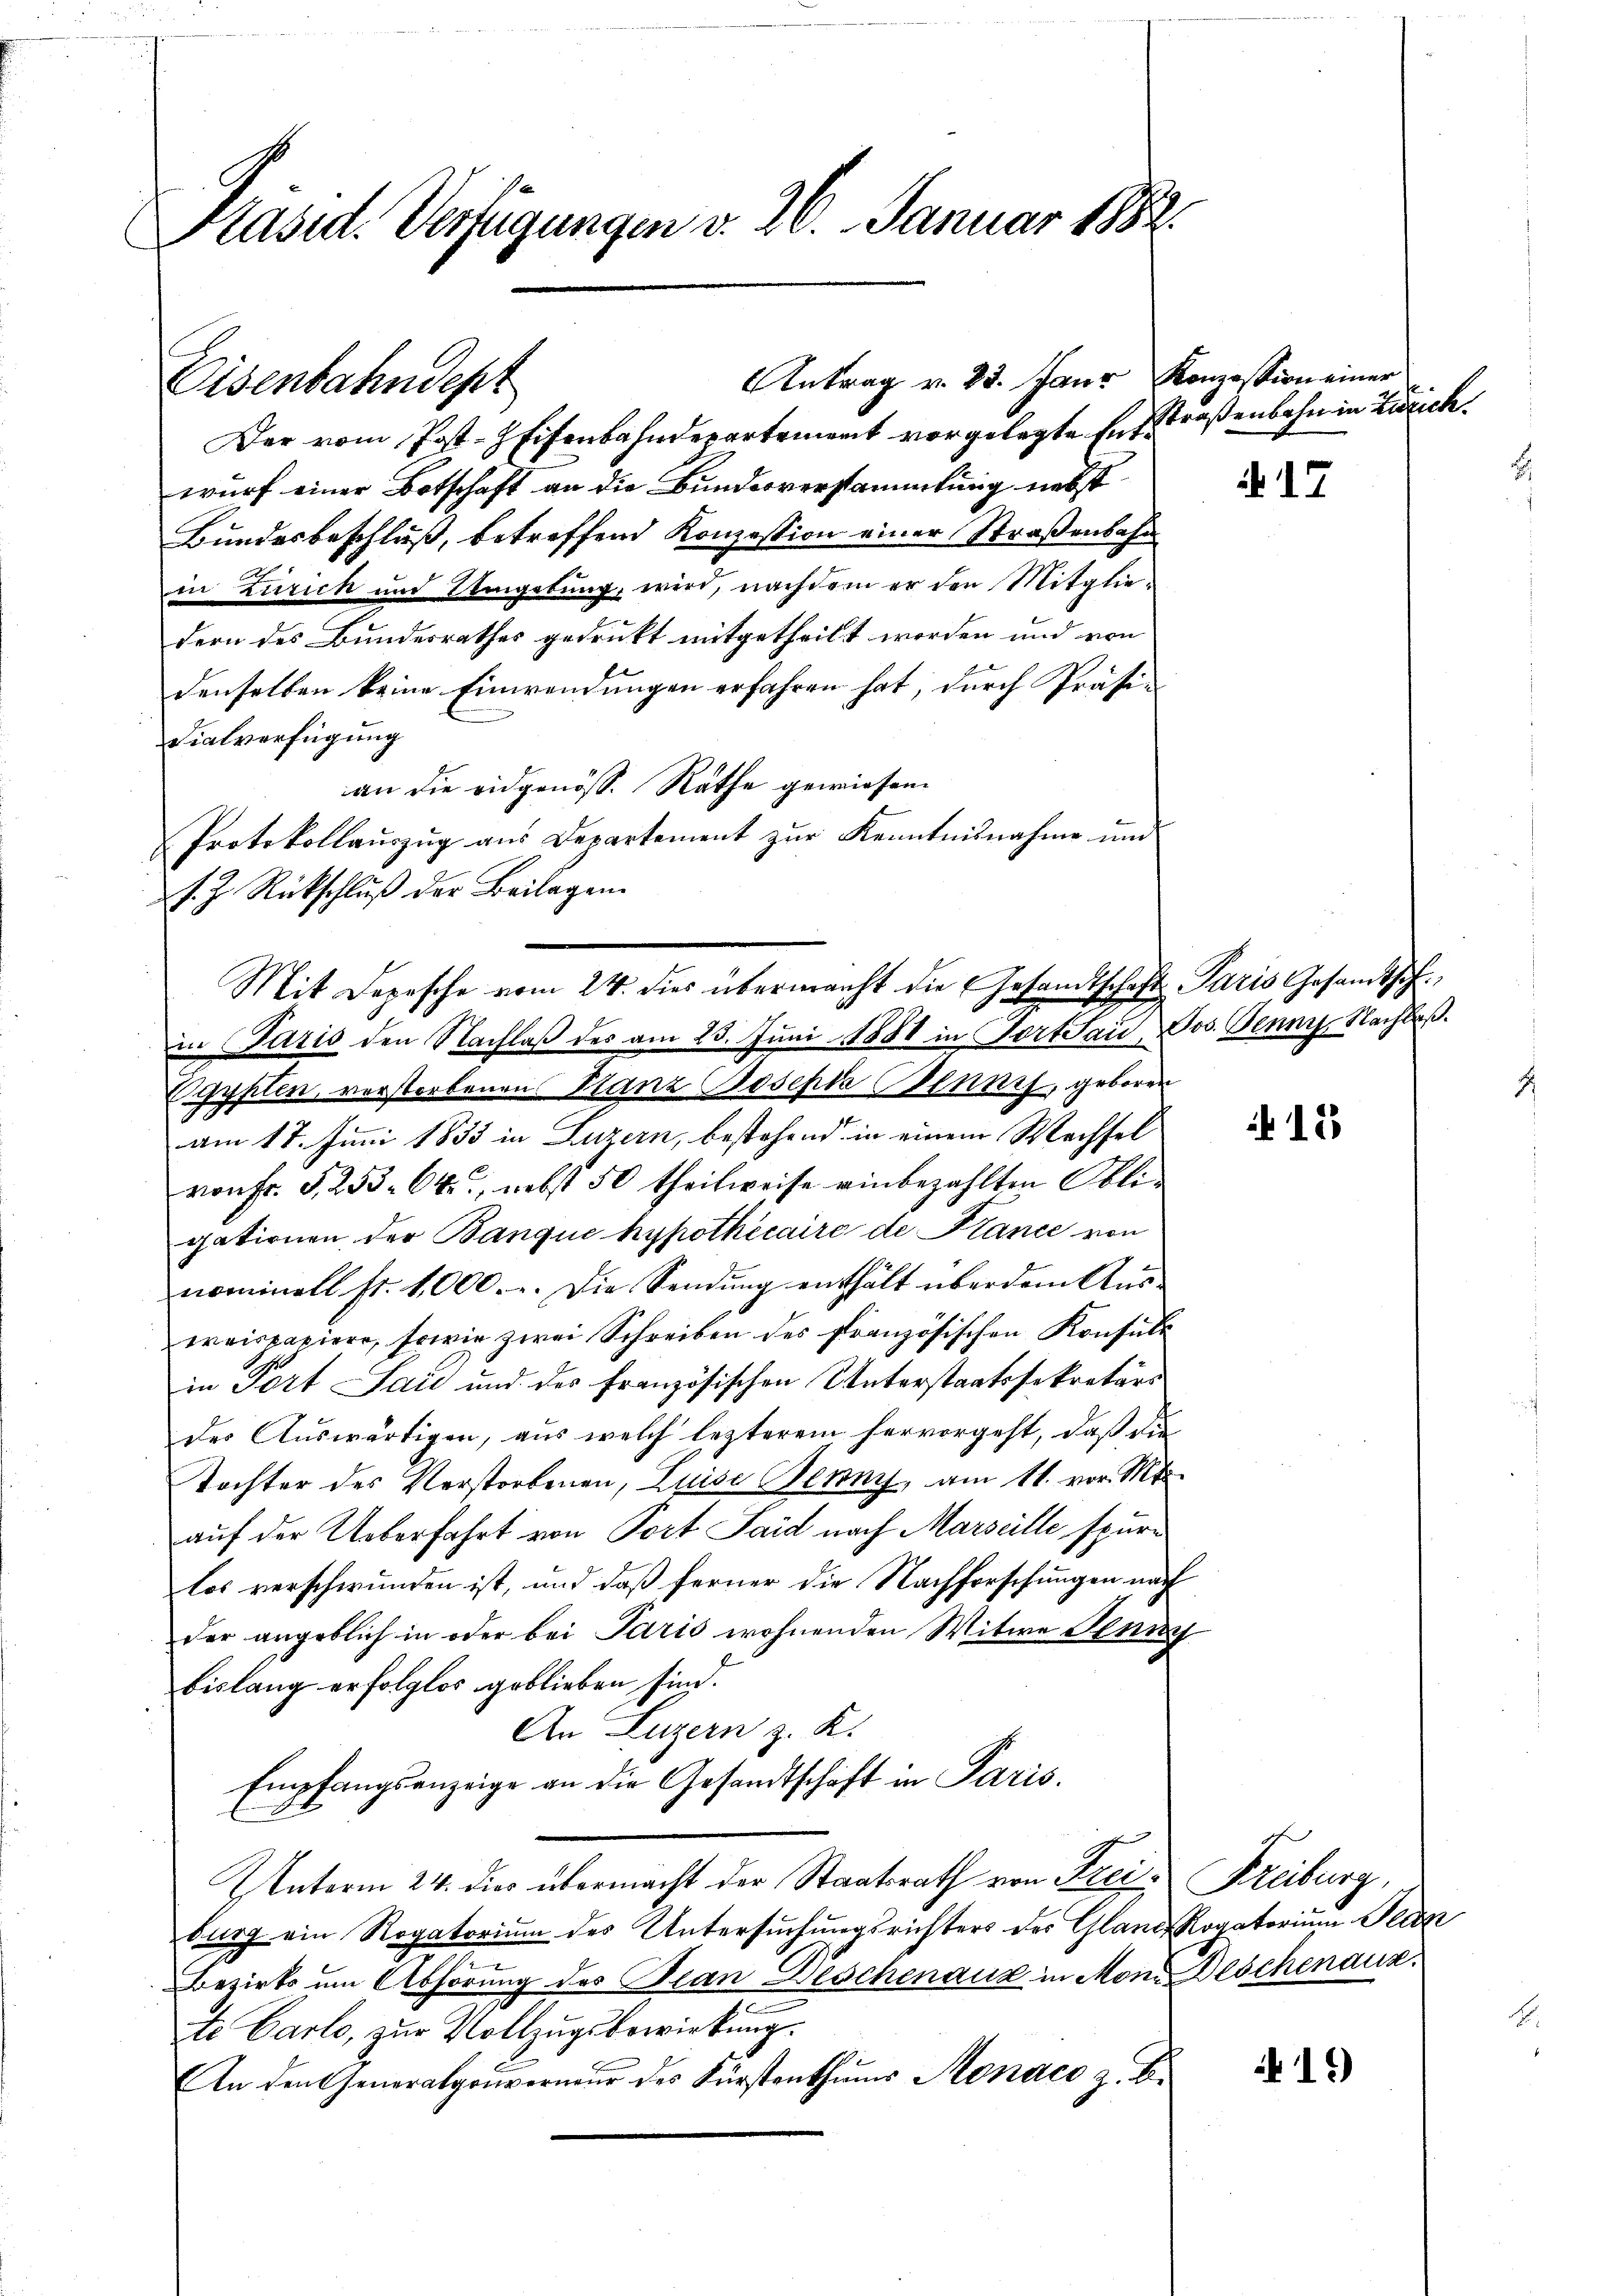
Präsid. Verfügungen v. 26. Januar 1882.

Eisenbahndept

Der vom Post-Eisenbahndepartement vorgelegte Entstraßenbahn in Zürich
wurf einer Botschaft an die Bundesverstammlung nebst
Bundesbeschluß, betreffend Konzession einer Straßenbahn
in Zürich und Umgebung, wird, nachdem er den Mitglie-
dern des Bundesrathes gedruckt mitgetheilt worden und von
denselben keine Einwendungen erfahren hat; durch Präsidialverfügung
an die eidgenöss. Rathe gewiesen.
Protokollaŭszŭg ans Departement zŭr Kenntnisnahme und
s. Z. Rückschluß der Beilagen.
Pyyflen, verstorbenen Stanz Bosepha Bennis, geboren
am 17. Juni 1853 in Luzern, bestehend in einem Wachsel
von Fr. S. 253. 642, nebst 50 theilweise einbezahlten Obligationen der Banque hypothécaire de Klance von
nominell st. 4,000. u. Die Sendŭng enthält über dem Aŭs-
wraispapiere, sowie zwei Schreiben des französischen Konsule
in Port Jais und des französischen Unterstaatssekretärs
des Auswärtigen, aus welch lezterem hervorgeht, daß die
Tochter des Verstorbenen, Luise Benny, am 11. vor. Mts.
auf der Ueberfahrt von Port Said nach Marseille spure
los verschwunden ist, und daß ferner die Nachforschungen nach
der angeblich in oder bei Paris wohnenden Witwe Stun
bislang erfolglos geblieben sind.
An Luzern z. K.
Empfangsanzeige an die Gesandtschaft in Paris.
UUnterm 24. dies übermacht der Staatsrath von Frei-Kreiburg,
burg ein Rogatorium des Untersuchungsrichters der Gland Rogatorium Peten
Bezirks um Abhörung des Plan Deschenaus in Mon. Beschenaux.
te Carlo, zur Vollzugsbewirkung.
An den Generalgouverneŭr des Fürstenthŭms Sonaco z. B.

Antrag v. 23. Janr

Mit Depesche vom 24. dies übermacht die Gesandtschaft Paris Gesandtsch
in Paris den Nachlaß des am 23. Juni 1881 in Fort Sau Jos. Jenny Nachlaß.

Konzession einer

17

f 15

15)